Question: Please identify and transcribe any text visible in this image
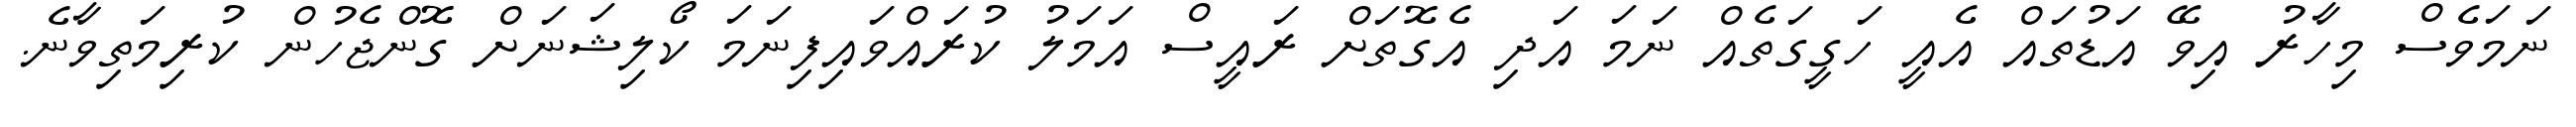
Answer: ނަމަވެސް މިހާރު އިވޭ އަޑުތައް އެއީ ހަގީގަތެއް ނަމަ އަދި އެގޮތަށް ރައީސް އަމަލު ކުރައްވައިފިނަމަ ކޯލިޝަނަށް ގޮންޖެހުން ކުރިމަތިވާނެ.